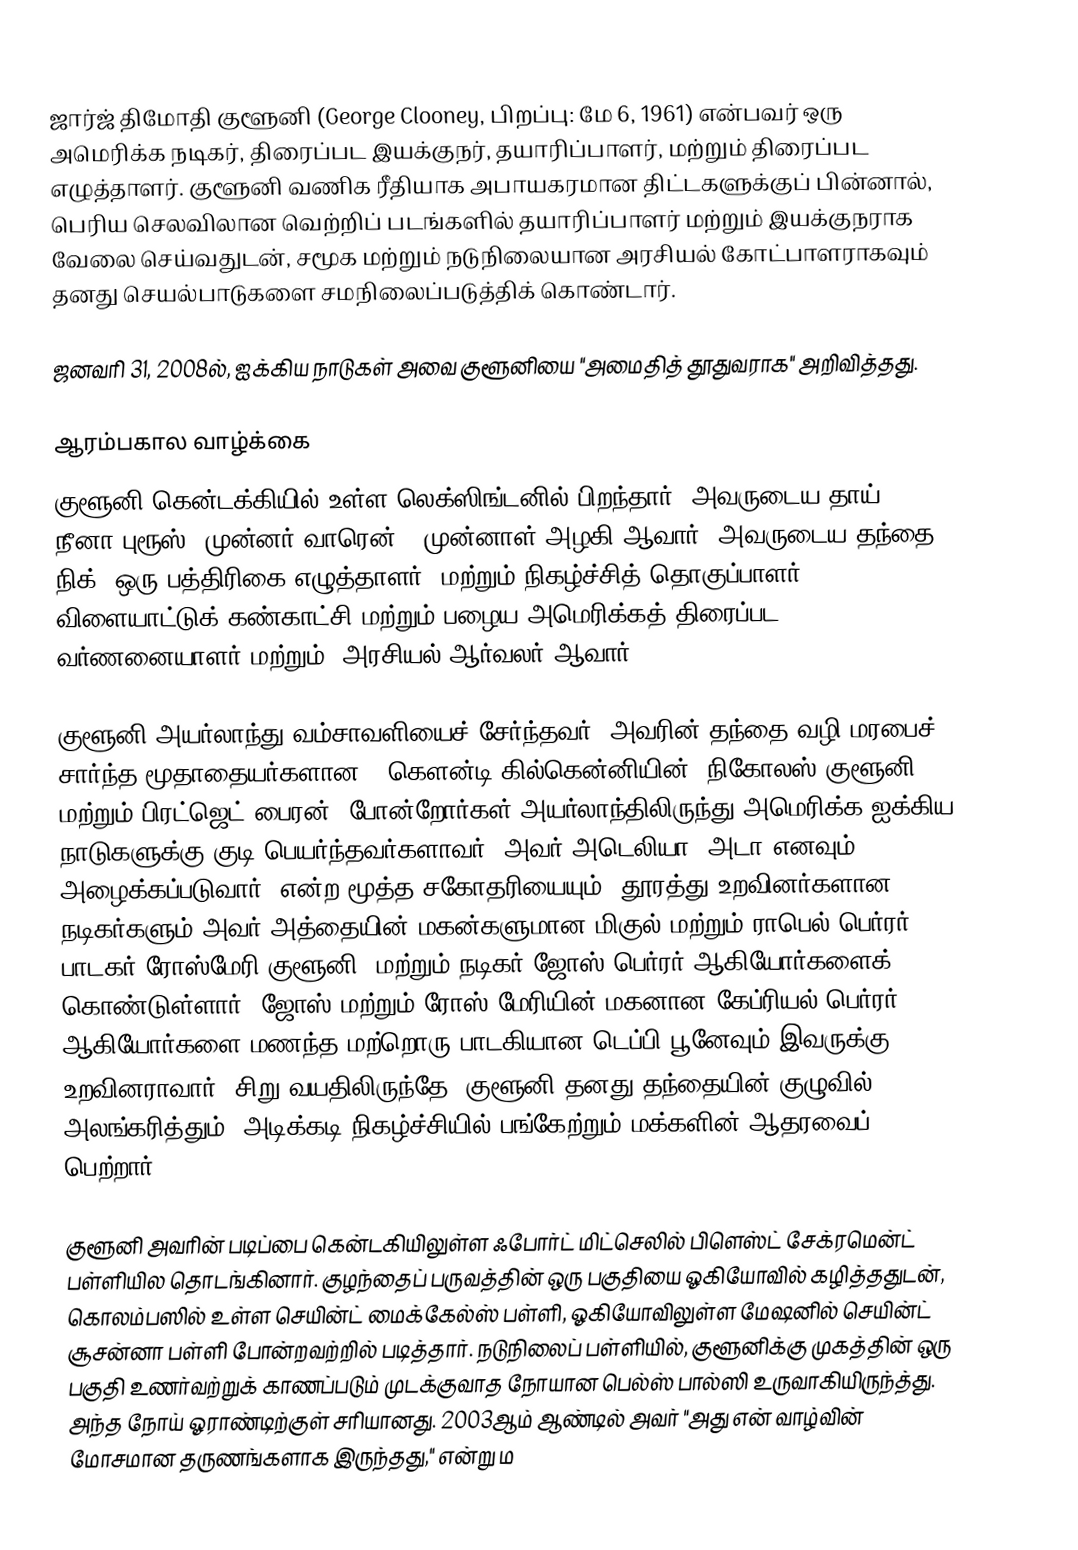
ஜார்ஜ் திமோதி குளூனி (George Clooney, பிறப்பு: மே 6, 1961) என்பவர் ஒரு அமெரிக்க நடிகர், திரைப்பட இயக்குநர், தயாரிப்பாளர், மற்றும் திரைப்பட எழுத்தாளர். குளூனி வணிக ரீதியாக அபாயகரமான திட்டகளுக்குப் பின்னால், பெரிய செலவிலான வெற்றிப் படங்களில் தயாரிப்பாளர் மற்றும் இயக்குநராக வேலை செய்வதுடன், சமூக மற்றும் நடுநிலையான அரசியல் கோட்பாளராகவும் தனது செயல்பாடுகளை சமநிலைப்படுத்திக் கொண்டார்.

ஜனவரி 31, 2008ல், ஐக்கிய நாடுகள் அவை குளூனியை "அமைதித் தூதுவராக" அறிவித்தது.

ஆரம்பகால வாழ்க்கை
குளூனி கென்டக்கியில் உள்ள லெக்ஸிங்டனில் பிறந்தார். அவருடைய தாய், நீனா புரூஸ் (முன்னர் வாரென்), முன்னாள் அழகி ஆவார்; அவருடைய தந்தை, நிக், ஒரு பத்திரிகை எழுத்தாளர், மற்றும் நிகழ்ச்சித் தொகுப்பாளர், விளையாட்டுக் கண்காட்சி மற்றும் பழைய அமெரிக்கத் திரைப்பட வர்ணனையாளர் மற்றும், அரசியல் ஆர்வலர் ஆவார்.

குளூனி அயர்லாந்து வம்சாவளியைச் சேர்ந்தவர், அவரின் தந்தை வழி மரபைச் சார்ந்த மூதாதையர்களான, (கௌன்டி கில்கென்னியின்) நிகோலஸ் குளூனி மற்றும் பிரட்ஜெட் பைரன், போன்றோர்கள் அயர்லாந்திலிருந்து அமெரிக்க ஐக்கிய நாடுகளுக்கு குடி பெயர்ந்தவர்களாவர். அவர் அடெலியா (அடா எனவும் அழைக்கப்படுவார்) என்ற மூத்த சகோதரியையும், தூரத்து உறவினர்களான நடிகர்களும் அவர் அத்தையின் மகன்களுமான மிகுல் மற்றும் ராபெல் பெர்ரர், பாடகர் ரோஸ்மேரி குளூனி, மற்றும் நடிகர் ஜோஸ் பெர்ரர் ஆகியோர்களைக் கொண்டுள்ளார். ஜோஸ் மற்றும் ரோஸ் மேரியின் மகனான கேப்ரியல் பெர்ரர் ஆகியோர்களை மணந்த மற்றொரு பாடகியான டெப்பி பூனேவும் இவருக்கு உறவினராவார். சிறு வயதிலிருந்தே, குளூனி தனது தந்தையின் குழுவில் அலங்கரித்தும், அடிக்கடி நிகழ்ச்சியில் பங்கேற்றும் மக்களின் ஆதரவைப் பெற்றார்.

குளூனி அவரின் படிப்பை கென்டகியிலுள்ள ஃபோர்ட் மிட்செலில் பிளெஸ்ட் சேக்ரமென்ட் பள்ளியில தொடங்கினார். குழந்தைப் பருவத்தின் ஒரு பகுதியை ஓகியோவில் கழித்ததுடன், கொலம்பஸில் உள்ள செயின்ட் மைக்கேல்ஸ் பள்ளி, ஓகியோவிலுள்ள மேஷனில் செயின்ட் சூசன்னா பள்ளி போன்றவற்றில் படித்தார். நடுநிலைப் பள்ளியில், குளூனிக்கு முகத்தின் ஒரு பகுதி உணர்வற்றுக் காணப்படும் முடக்குவாத நோயான பெல்ஸ் பால்ஸி உருவாகியிருந்த்து. அந்த நோய் ஓராண்டிற்குள் சரியானது. 2003ஆம் ஆண்டில் அவர் "அது என் வாழ்வின் மோசமான தருணங்களாக இருந்தது," என்று ம